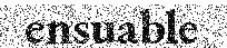
ensuable